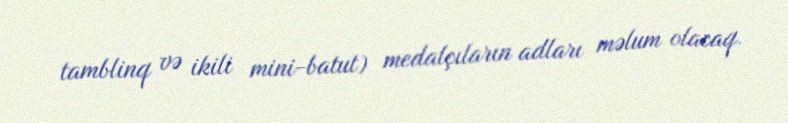
tamblinq və ikili mini-batut) medalçıların adları məlum olacaq.